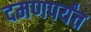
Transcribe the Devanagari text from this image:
दमणपर्यंत